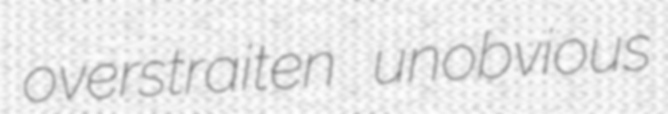
overstraiten unobvious